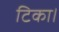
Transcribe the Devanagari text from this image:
टिका।